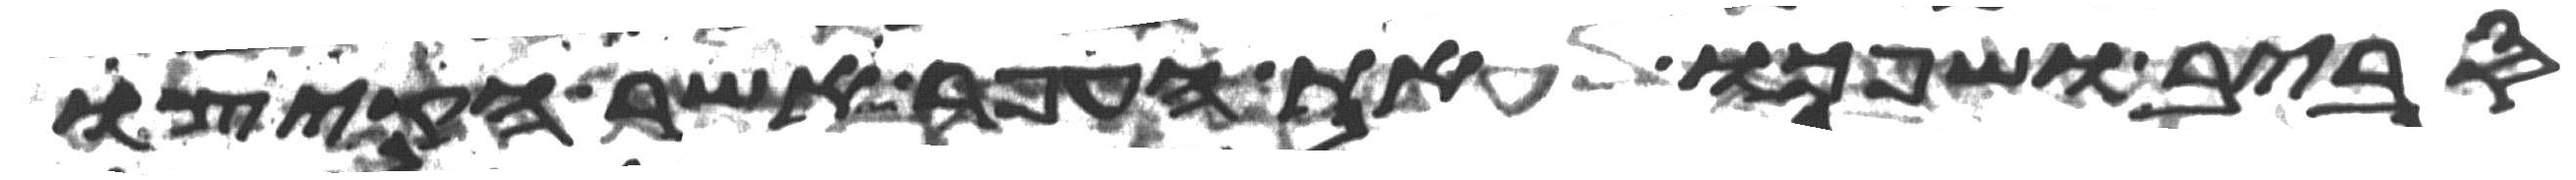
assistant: סביב ושפכו את העפר אשר הקיצו